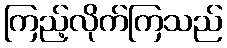
ကြည့်လိုက်ကြသည်